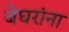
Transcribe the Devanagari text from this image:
बेघरांना